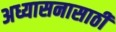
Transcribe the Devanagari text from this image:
अध्यासनासाठी